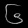
Digit: ၆